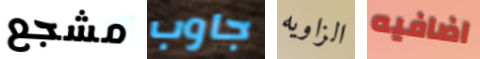
مشجع جاوب الزاويه اضافيه